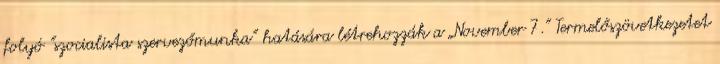
folyó "szocialista szervezőmunka” hatására létrehozzák a „November 7.” Termelőszövetkezetet